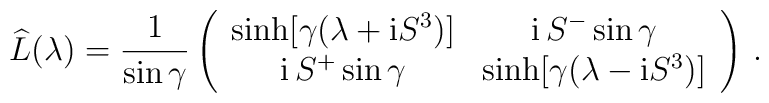
\widehat{L}(\lambda) = \frac{1}{\sin\gamma} \left(  \begin{array}{cc} \sinh [\gamma(\lambda + {\rm i} S^3)] &  {\rm i}\, S^- \sin\gamma  \\  {\rm i}\, S^+ \sin\gamma & \sinh [\gamma(\lambda - {\rm i} S^3)]  \end{array} \right) \,.